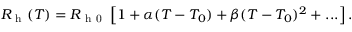
R _ { \mathrm { ~ h ~ } } ( T ) = R _ { \mathrm { ~ h ~ 0 ~ } } \left[ 1 + \alpha ( T - T _ { 0 } ) + \beta ( T - T _ { 0 } ) ^ { 2 } + . . . \right] { . }